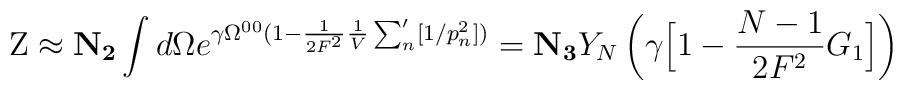
{\rm Z} \approx {\bf N_{2}} \int d\Omega e^{\gamma \Omega^{00} (1-\frac{1}{2F^{2}} \frac{1}{V} \sum_{n}' [1/p_{n}^{2}])} ={\bf N_{3}} Y_{N} \left( \gamma \Big[ 1- \frac{N-1}{2F^{2}} G_{1} \Big]\right)